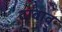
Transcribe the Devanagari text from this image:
दाबाव